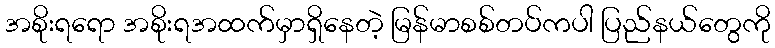
အစိုးရရော အစိုးရအထက်မှာရှိနေတဲ့ မြန်မာစစ်တပ်ကပါ ပြည်နယ်တွေကို